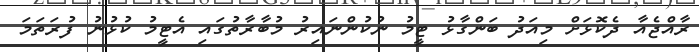
ރާއްޖެއާ ދެކޮޅަށް މިއަދު ބަންގާޅު ޓީމު ނުކުންނައިރު މުބާރާތުގައި އެޓީމު ކުޅުނު ފުރަތަމަ